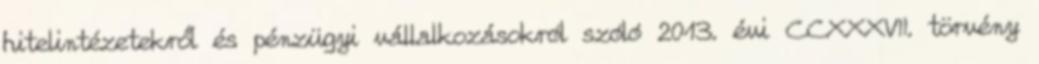
hitelintézetekről és pénzügyi vállalkozásokról szóló 2013. évi CCXXXVII. törvény